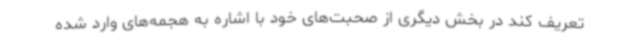
تعریف کند در بخش دیگری از صحبت‌های خود با اشاره به هجمه‌های وارد شده